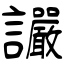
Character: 讝